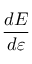
\frac { d { E } } { d { \varepsilon } }